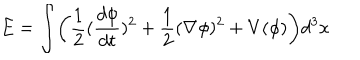
E = \int \biggl ( \frac 1 2 ( \frac { d \phi } { d t } ) ^ { 2 } + \frac 1 2 ( \nabla \phi ) ^ { 2 } + V ( \phi ) \biggr ) d ^ { 3 } x